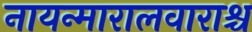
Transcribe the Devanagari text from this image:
नायन्मारालवाराश्च